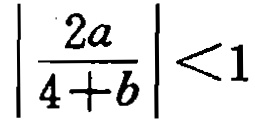
$\left|\frac{2a}{4 + b}\right| < 1$